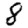
Digit: 8